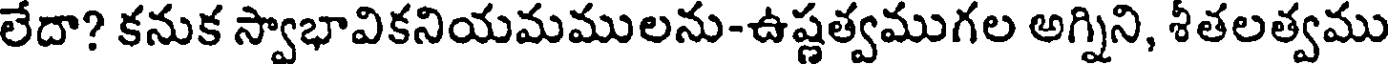
లేదా? కనుక స్వాభావికనియమములను-ఉష్ణత్వముగల అగ్నిని, శీతలత్వము